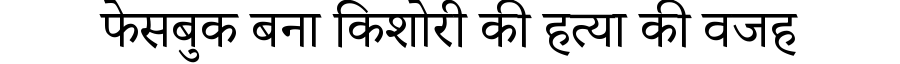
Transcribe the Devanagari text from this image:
फेसबुक बना किशोरी की हत्या की वजह